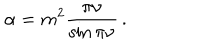
\alpha = m ^ { 2 } \frac { \pi \nu } { \sin \pi \nu } \, .